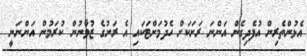
އެޅުންތެރިން އުފެދިގެން އަންނަ ރަށަކަށް ހެދުމަށްޓަކައި އެ ރަށުގެ ޒުވާނުން ކުރަމުން އަންނަނީ